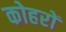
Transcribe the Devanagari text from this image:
कोहरों